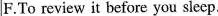
F.To review it before you sleep.